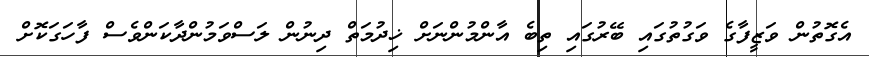
އެގޮތުން ވަޒީފާގެ ވަގުތުގައި ބޭރުގައި ތިބެ އާންމުންނަށް ޚިދުމަތް ދިނުން ލަސްވަމުންދާކަންވެސް ފާހަގަކޮށް